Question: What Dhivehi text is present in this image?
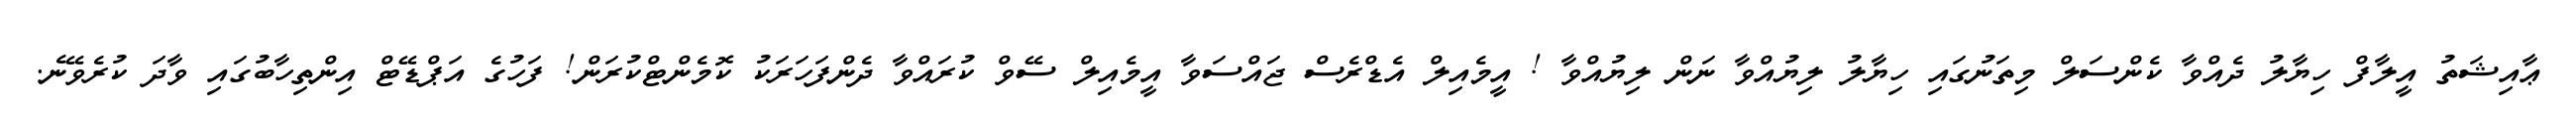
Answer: ޢާއިޝަތު އީލާފް ހިޔާލު ދެއްވާ ކެންސަލް މިތަނުގައި ހިޔާލު ލިޔުއްވާ ނަން ލިޔުއްވާ ! އީމެއިލް އެޑްރެސް ޖައްސަވާ އީމެއިލް ސޭވް ކުރައްވާ ދެންފަހަރަކު ކޮމެންޓްކުރަން! ފަހުގެ އަޕްޑޭޓް އިންތިހާބުގައި ވާދަ ކުރެވޭނެ.